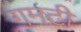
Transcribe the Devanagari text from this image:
गमटी